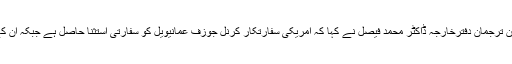
دفترخارجہ میں ہفتہ وار پریس بریفنگ کے دوران ترجمان دفترخارجہ ڈاکٹر محمد فیصل نے کہا کہ امریکی سفارتکار کرنل جوزف عمانیویل کو سفارتی استثنا حاصل ہے جبکہ ان کے حوالے سے دیت کے معاملے کا علم نہیں ہے۔